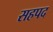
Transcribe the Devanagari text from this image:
सहपद